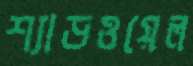
শ্যাডওয়েল